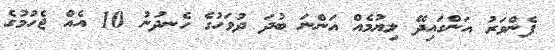
ފެންވަރު އަންގައިދޭ ލިޔުމެއް އަންނަ ބުދަ ދުވަހުގެ ހެނދުނު 10 އެއް ޖެހުމުގެ